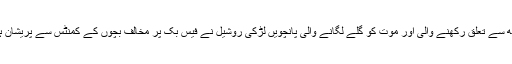
آسٹریلوی شہر پرتھ سے تعلق رکھنے والی اور موت کو گلے لگانے والی پانچویں لڑکی روشیل نے فیس بک پر مخالف بچوں کے کمنٹس سے پریشان ہوکر خودکشی کی۔